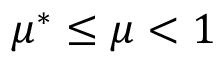
\mu ^ { * } \leq \mu < 1